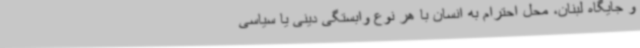
و جایگاه لبنان، محل احترام به انسان با هر نوع وابستگی دینی یا سیاسی